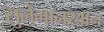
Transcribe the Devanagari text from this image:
सुलेमानखान